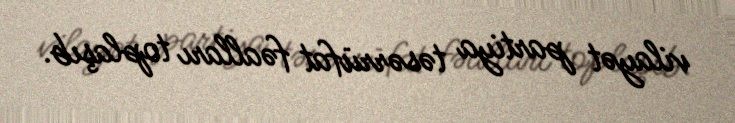
vilayət partiya təsərrüfat fəalları toplaşıb.